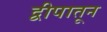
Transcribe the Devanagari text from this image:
द्वीपातून